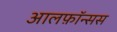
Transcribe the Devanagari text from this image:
आलफ़ॉन्सस